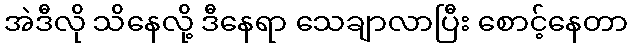
အဲဒီလို သိနေလို့ ဒီနေရာ သေချာလာပြီး စောင့်နေတာ